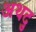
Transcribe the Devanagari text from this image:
अथदु